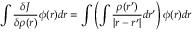
\int { \frac { \delta J } { \delta \rho ( { \boldsymbol { r } } ) } } \phi ( { \boldsymbol { r } } ) d { \boldsymbol { r } } = \int \left( \int { \frac { \rho ( { \boldsymbol { r } } ^ { \prime } ) } { | { \boldsymbol { r } } - { \boldsymbol { r } } ^ { \prime } | } } d { \boldsymbol { r } } ^ { \prime } \right) \phi ( { \boldsymbol { r } } ) d { \boldsymbol { r } }